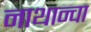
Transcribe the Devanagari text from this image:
नाथान्चा